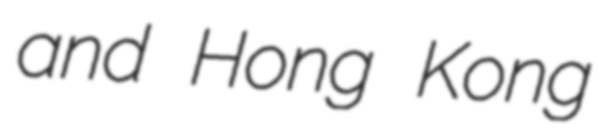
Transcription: and Hong Kong